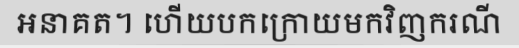
អនាគត។ ហើយបកក្រោយមកវិញករណី